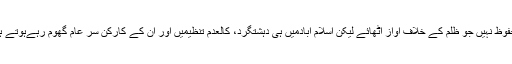
افسوس ہوتا ہے کہ پاکستان کے دارالحکوت اسلام آبادمیں بھی ایک ایسا شخص بھی محفوظ نہیں جو ظلم کے خلاف آواز اٹھائے لیکن اسلام آبادمیں ہی دہشتگرد، کالعدم تنظیمیں اور ان کے کارکن سر عام گھوم رہےہوتے ہیں اور کبھی کبھی اپنے عزیز وزیر داخلہ چوہدری نثار کے مہمان بھی بن جاتے ہیں۔